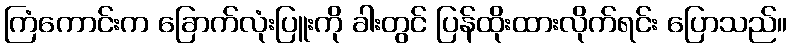
ကြံကောင်းက ခြောက်လုံးပြူးကို ခါးတွင် ပြန်ထိုးထားလိုက်ရင်း ပြောသည်။